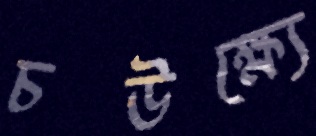
চউক্ষ্যে